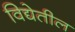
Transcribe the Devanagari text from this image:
विद्येतील